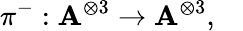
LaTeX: \pi^{-}:\mathbf{A}^{\otimes3}\rightarrow\mathbf{A}^{\otimes3},\quad